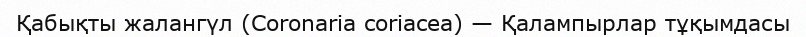
Қабықты жалангүл (Coronaria coriacea) — Қалампырлар тұқымдасы